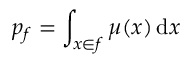
p _ { f } = \int _ { x \in f } \mu ( x ) \, \mathrm { d } x